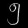
Digit: ၅